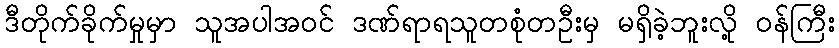
ဒီတိုက်ခိုက်မှုမှာ သူအပါအဝင် ဒဏ်ရာရသူတစုံတဦးမှ မရှိခဲ့ဘူးလို့ ဝန်ကြီး